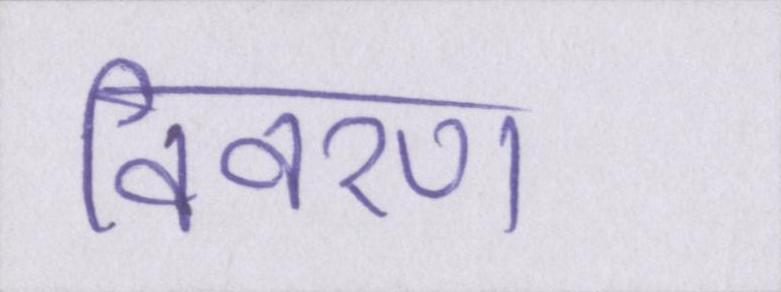
विवरण